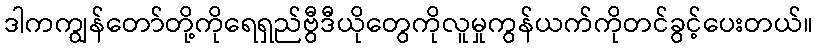
ဒါကကျွန်တော်တို့ကိုရေရှည်ဗွီဒီယိုတွေကိုလူမှုကွန်ယက်ကိုတင်ခွင့်ပေးတယ်။